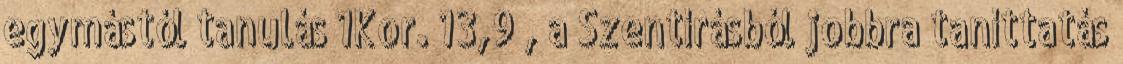
egymástól tanulás 1Kor. 13,9 , a Szentírásból jobbra taníttatás